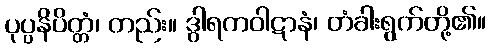
ပုပ္ပနိပိတ္တံ၊ တည်း။ ဒွါရကဝါဋာနံ၊ တံခါးရွက်တို့၏။